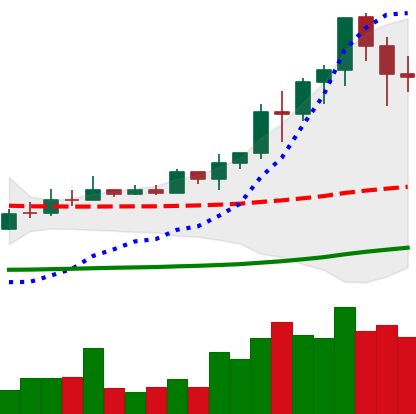
Ticker: EOS-USD
Chart end date: 2021-02-16
Forward return: 9.963%
Label: up_7plus